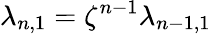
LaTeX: \lambda_{n,1}=\zeta^{n-1}\lambda_{{n-1},1}